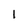
Character: l